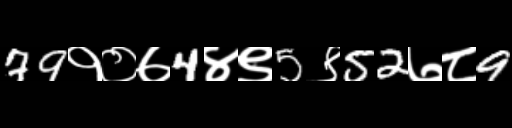
Text: 79१०७4४९5९52७८9